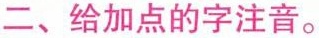
二、给加点的字注音。